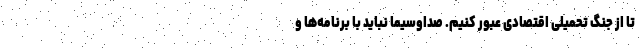
تا از جنگ تحمیلی اقتصادی عبور کنیم. صداوسیما نباید با برنامه‌ها و